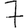
Digit: 7